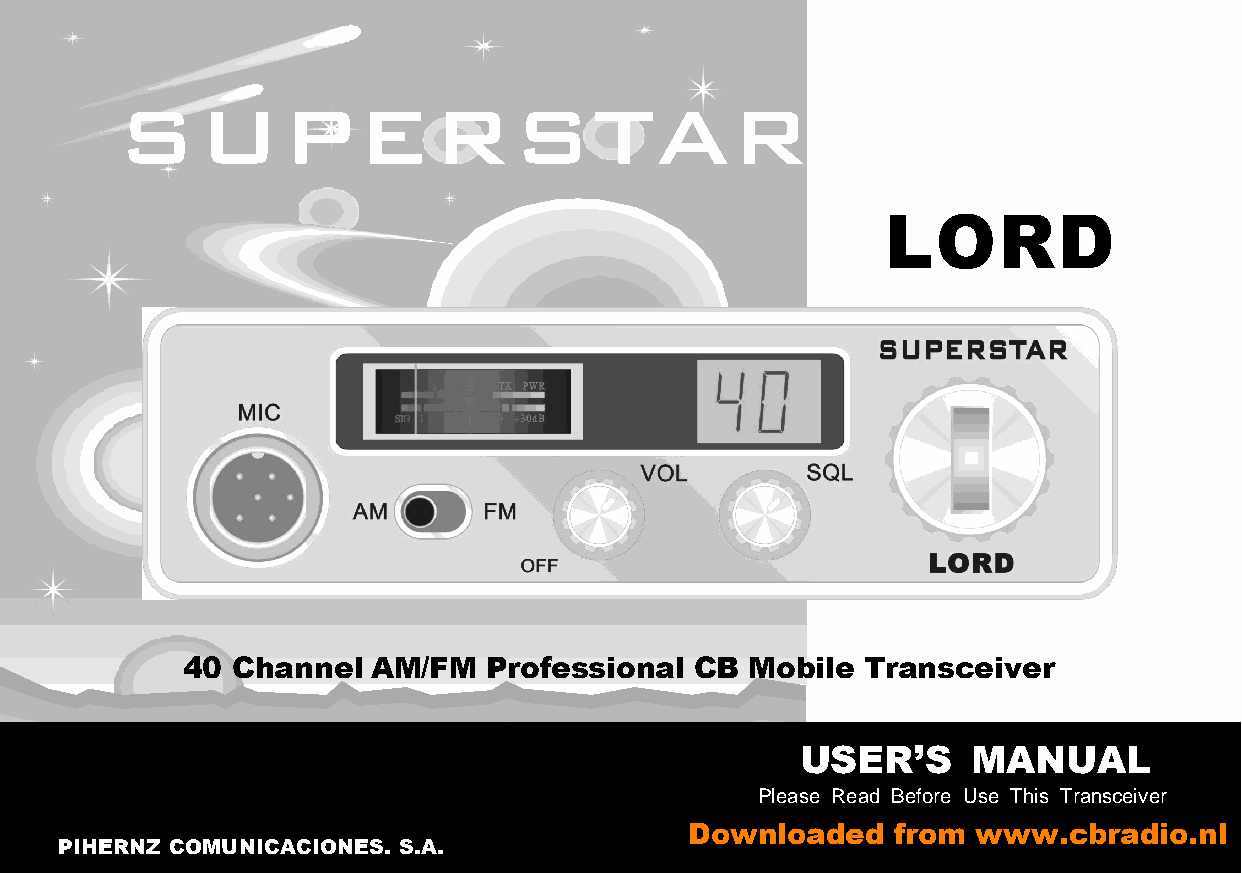
SUPERSTAR
 LORD
 40 Channel   AM/FM  Professional  CB  Mobile Transceiver
 USER’S     MANUAL
 Please Read Before Use This Transceiver
 Downloaded   from  www.cbradio.nl
 PIHERNZ COMUNICACIONES. S.A.